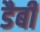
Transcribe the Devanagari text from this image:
डैबी